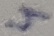
Text: 4